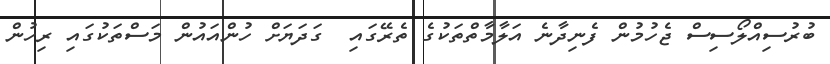
ބުރުސިއްލޯސިސް ޖެހުމުން ފެނިދާނެ އަލާމާތްތަކުގެ ތެރޭގައި  ގަދަޔަށް ހުންއައުން މަސްތަކުގައި ރިހުން